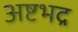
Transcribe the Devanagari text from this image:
अष्टभद्र